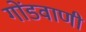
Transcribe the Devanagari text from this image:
गोंडवाणी